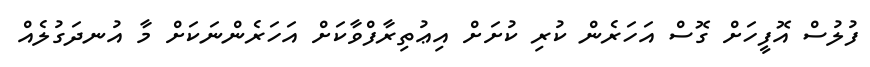
ފުލުސް އޮފީހަށް ގޮސް އަހަރެން ކުރި ކުށަށް އިޢުތިރާފްވާކަށް އަހަރެންނަކަށް މާ އުނދަގުލެއް